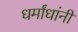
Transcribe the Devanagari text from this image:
धर्मांधांनी